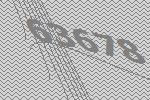
63678